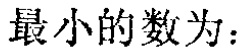
最小的数为：